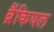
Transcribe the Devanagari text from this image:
ब्रैंकियल